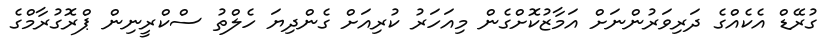
ގުރޭޑް އެކެއްގެ ދަރިވަރުންނަށް އަމާޒުކޮށްގެން މިއަހަރު ކުރިއަށް ގެންދިޔަ ހެލްތު ސްކްރީނިން ޕްރޮގުރާމްގެ